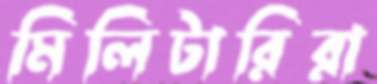
মিলিটারিরা